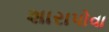
શારાપોવા